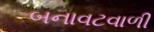
બનાવટવાળી